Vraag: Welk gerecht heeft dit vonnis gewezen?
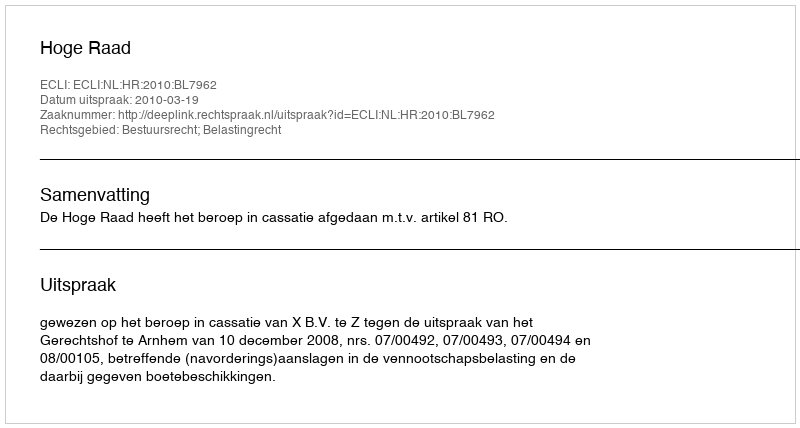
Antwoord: Hoge Raad